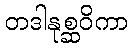
တဒါနုစ္ဆဝိကာ